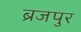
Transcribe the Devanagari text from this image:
ब्रजपुर